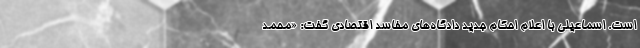
است. اسماعیلی با اعلام احکام جدید دادگاه‌های مفاسد اقتصادی گفت: «محمد